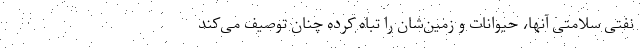
نفتی سلامتی آنها، حیوانات و زمین‌شان را تباه کرده چنان توصیف می‌کند